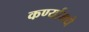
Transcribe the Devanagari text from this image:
कर्ण्यामधे